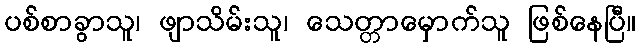
ပစ်စာခွာသူ၊ ဖျာသိမ်းသူ၊ သေတ္တာမှောက်သူ ဖြစ်နေပြီ။